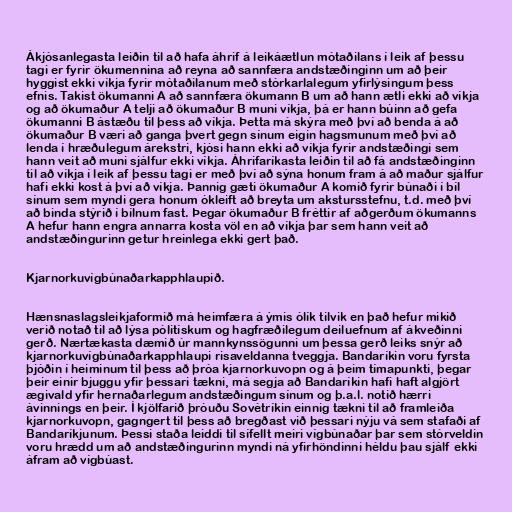
Ákjósanlegasta leiðin til að hafa áhrif á leikáætlun mótaðilans í leik af þessu
tagi er fyrir ökumennina að reyna að sannfæra andstæðinginn um að þeir
hyggist ekki víkja fyrir mótaðilanum með stórkarlalegum yfirlýsingum þess
efnis. Takist ökumanni A að sannfæra ökumann B um að hann ætli ekki að víkja
og að ökumaður A telji að ökumaður B muni víkja, þá er hann búinn að gefa
ökumanni B ástæðu til þess að víkja. Þetta má skýra með því að benda á að
ökumaður B væri að ganga þvert gegn sínum eigin hagsmunum með því að
lenda í hræðulegum árekstri, kjósi hann ekki að víkja fyrir andstæðingi sem
hann veit að muni sjálfur ekki víkja. Áhrifaríkasta leiðin til að fá andstæðinginn
til að víkja í leik af þessu tagi er með því að sýna honum fram á að maður sjálfur
hafi ekki kost á því að víkja. Þannig gæti ökumaður A komið fyrir búnaði í bíl
sínum sem myndi gera honum ókleift að breyta um akstursstefnu, t.d. með því
að binda stýrið í bílnum fast. Þegar ökumaður B fréttir af aðgerðum ökumanns
A hefur hann engra annarra kosta völ en að víkja þar sem hann veit að
andstæðingurinn getur hreinlega ekki gert það.

Kjarnorkuvígbúnaðarkapphlaupið.

Hænsnaslagsleikjaformið má heimfæra á ýmis ólík tilvik en það hefur mikið
verið notað til að lýsa pólitískum og hagfræðilegum deiluefnum af ákveðinni
gerð. Nærtækasta dæmið úr mannkynssögunni um þessa gerð leiks snýr að
kjarnorkuvígbúnaðarkapphlaupi risaveldanna tveggja. Bandaríkin voru fyrsta
þjóðin í heiminum til þess að þróa kjarnorkuvopn og á þeim tímapunkti, þegar
þeir einir bjuggu yfir þessari tækni, má segja að Bandaríkin hafi haft algjört
ægivald yfir hernaðarlegum andstæðingum sínum og þ.a.l. notið hærri
ávinnings en þeir. Í kjölfarið þróuðu Sovétríkin einnig tækni til að framleiða
kjarnorkuvopn, gagngert til þess að bregðast við þessari nýju vá sem stafaði af
Bandaríkjunum. Þessi staða leiddi til sífellt meiri vígbúnaðar þar sem stórveldin
voru hrædd um að andstæðingurinn myndi ná yfirhöndinni héldu þau sjálf ekki
áfram að vígbúast.